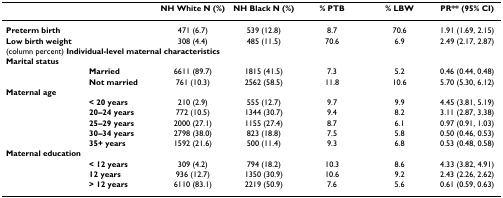
<table><thead><tr><td></td><td></td><td><b>NH White N (%)</b></td><td><b>NH Black N (%)</b></td><td><b>% PTB</b></td><td><b>% LBW</b></td><td><b>PR** (95% CI)</b></td></tr></thead><tbody><tr><td><b>Preterm birth</b></td><td></td><td>471 (6.7)</td><td>539 (12.8)</td><td>8.7</td><td>70.6</td><td>1.91 (1.69, 2.15)</td></tr><tr><td><b>Low birth weight</b></td><td></td><td>308 (4.4)</td><td>485 (11.5)</td><td>70.6</td><td>6.9</td><td>2.49 (2.17, 2.87)</td></tr><tr><td colspan="7">(column percent) <b>Individual-level maternal characteristics</b></td></tr><tr><td><b>Marital status</b></td><td></td><td></td><td></td><td></td><td></td><td></td></tr><tr><td></td><td><b>Married</b></td><td>6611 (89.7)</td><td>1815 (41.5)</td><td>7.3</td><td>5.2</td><td>0.46 (0.44, 0.48)</td></tr><tr><td></td><td><b>Not married</b></td><td>761 (10.3)</td><td>2562 (58.5)</td><td>11.8</td><td>10.6</td><td>5.70 (5.30, 6.12)</td></tr><tr><td><b>Maternal age</b></td><td></td><td></td><td></td><td></td><td></td><td></td></tr><tr><td></td><td><b>&lt; 20 years</b></td><td>210 (2.9)</td><td>555 (12.7)</td><td>9.7</td><td>9.9</td><td>4.45 (3.81, 5.19)</td></tr><tr><td></td><td><b>20–24 years</b></td><td>772 (10.5)</td><td>1344 (30.7)</td><td>9.4</td><td>8.2</td><td>3.11 (2.87, 3.38)</td></tr><tr><td></td><td><b>25–29 years</b></td><td>2000 (27.1)</td><td>1155 (27.4)</td><td>8.7</td><td>6.1</td><td>0.97 (0.91, 1.03)</td></tr><tr><td></td><td><b>30–34 years</b></td><td>2798 (38.0)</td><td>823 (18.8)</td><td>7.5</td><td>5.8</td><td>0.50 (0.46, 0.53)</td></tr><tr><td></td><td><b>35+ years</b></td><td>1592 (21.6)</td><td>500 (11.4)</td><td>9.3</td><td>6.8</td><td>0.53 (0.48, 0.58)</td></tr><tr><td><b>Maternal education</b></td><td></td><td></td><td></td><td></td><td></td><td></td></tr><tr><td></td><td><b>&lt; 12 years</b></td><td>309 (4.2)</td><td>794 (18.2)</td><td>10.3</td><td>8.6</td><td>4.33 (3.82, 4.91)</td></tr><tr><td></td><td><b>12 years</b></td><td>936 (12.7)</td><td>1350 (30.9)</td><td>10.6</td><td>9.2</td><td>2.43 (2.26, 2.62)</td></tr><tr><td></td><td><b>&gt; 12 years</b></td><td>6110 (83.1)</td><td>2219 (50.9)</td><td>7.6</td><td>5.6</td><td>0.61 (0.59, 0.63)</td></tr></tbody></table>